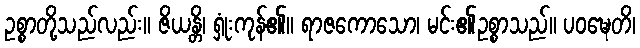
ဥစ္စာတို့သည်လည်း။ ဇိယန္တိ၊ ရှုံးကုန်၏။ ရာဇကောသော၊ မင်း၏ဥစ္စာသည်။ ပဝဍ္ဎေတိ၊